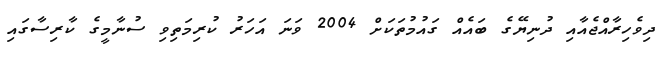
ދިވެހިރާއްޖެއާއި ދުނިޔޭގެ ބައެއް ގައުމުތަކަށް 2004 ވަަނަ އަހަރު ކުރިމަތިވި ސުނާމީގެ ކާރިސާގައި